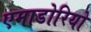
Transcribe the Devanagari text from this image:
एमाडोरियो